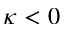
\kappa < 0